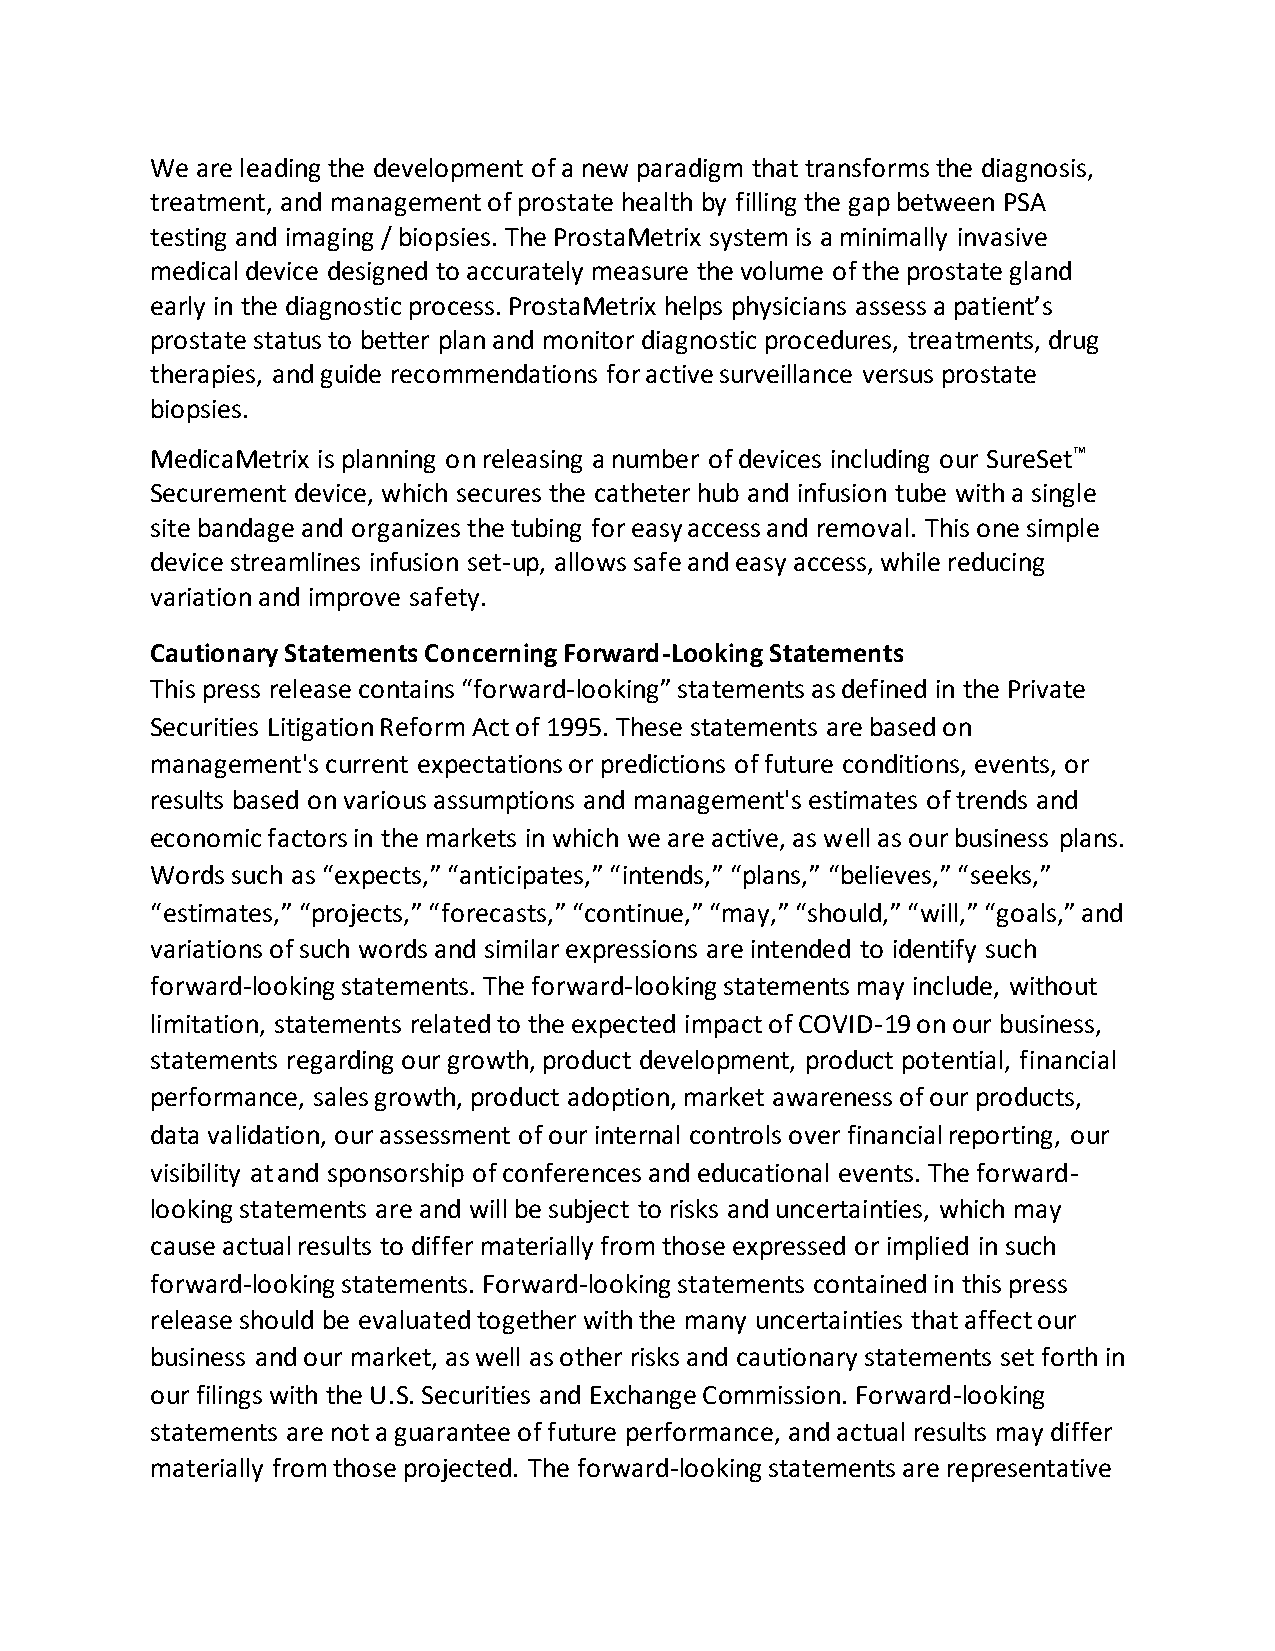
We are leading the development of a new paradigm that transforms the diagnosis,
 treatment, and management of prostate health by filling the gap between PSA
 testing and imaging / biopsies. The ProstaMetrix system is a minimally invasive
 medical device designed to accurately measure the volume of the prostate gland
 early in the diagnostic process. ProstaMetrix helps physicians assess a patient’s
 prostate status to better plan and monitor diagnostic procedures, treatments, drug
 therapies, and guide recommendations for active surveillance versus prostate
 biopsies.
 MedicaMetrix is planning on releasing a number of devices including our SureSet™
 Securement device, which secures the catheter hub and infusion tube with a single
 site bandage and organizes the tubing for easy access and removal. This one simple
 device streamlines infusion set-up, allows safe and easy access, while reducing
 variation and improve safety.
 Cautionary Statements Concerning Forward-Looking Statements
 This press release contains “forward-looking” statements as defined in the Private
 Securities Litigation Reform Act of 1995. These statements are based on
 management's current expectations or predictions of future conditions, events, or
 results based on various assumptions and management's estimates of trends and
 economic factors in the markets in which we are active, as well as our business plans.
 Words such as “expects,” “anticipates,” “intends,” “plans,” “believes,” “seeks,”
 “estimates,” “projects,” “forecasts,” “continue,” “may,” “should,” “will,” “goals,” and
 variations of such words and similar expressions are intended to identify such
 forward-looking statements. The forward-looking statements may include, without
 limitation, statements related to the expected impact of COVID-19 on our business,
 statements regarding our growth, product development, product potential, financial
 performance, sales growth, product adoption, market awareness of our products,
 data validation, our assessment of our internal controls over financial reporting, our
 visibility at and sponsorship of conferences and educational events. The forward-
 looking statements are and will be subject to risks and uncertainties, which may
 cause actual results to differ materially from those expressed or implied in such
 forward-looking statements. Forward-looking statements contained in this press
 release should be evaluated together with the many uncertainties that affect our
 business and our market, as well as other risks and cautionary statements set forth in
 our filings with the U.S. Securities and Exchange Commission. Forward-looking
 statements are not a guarantee of future performance, and actual results may differ
 materially from those projected. The forward-looking statements are representative